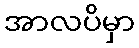
အာလပိမှာ